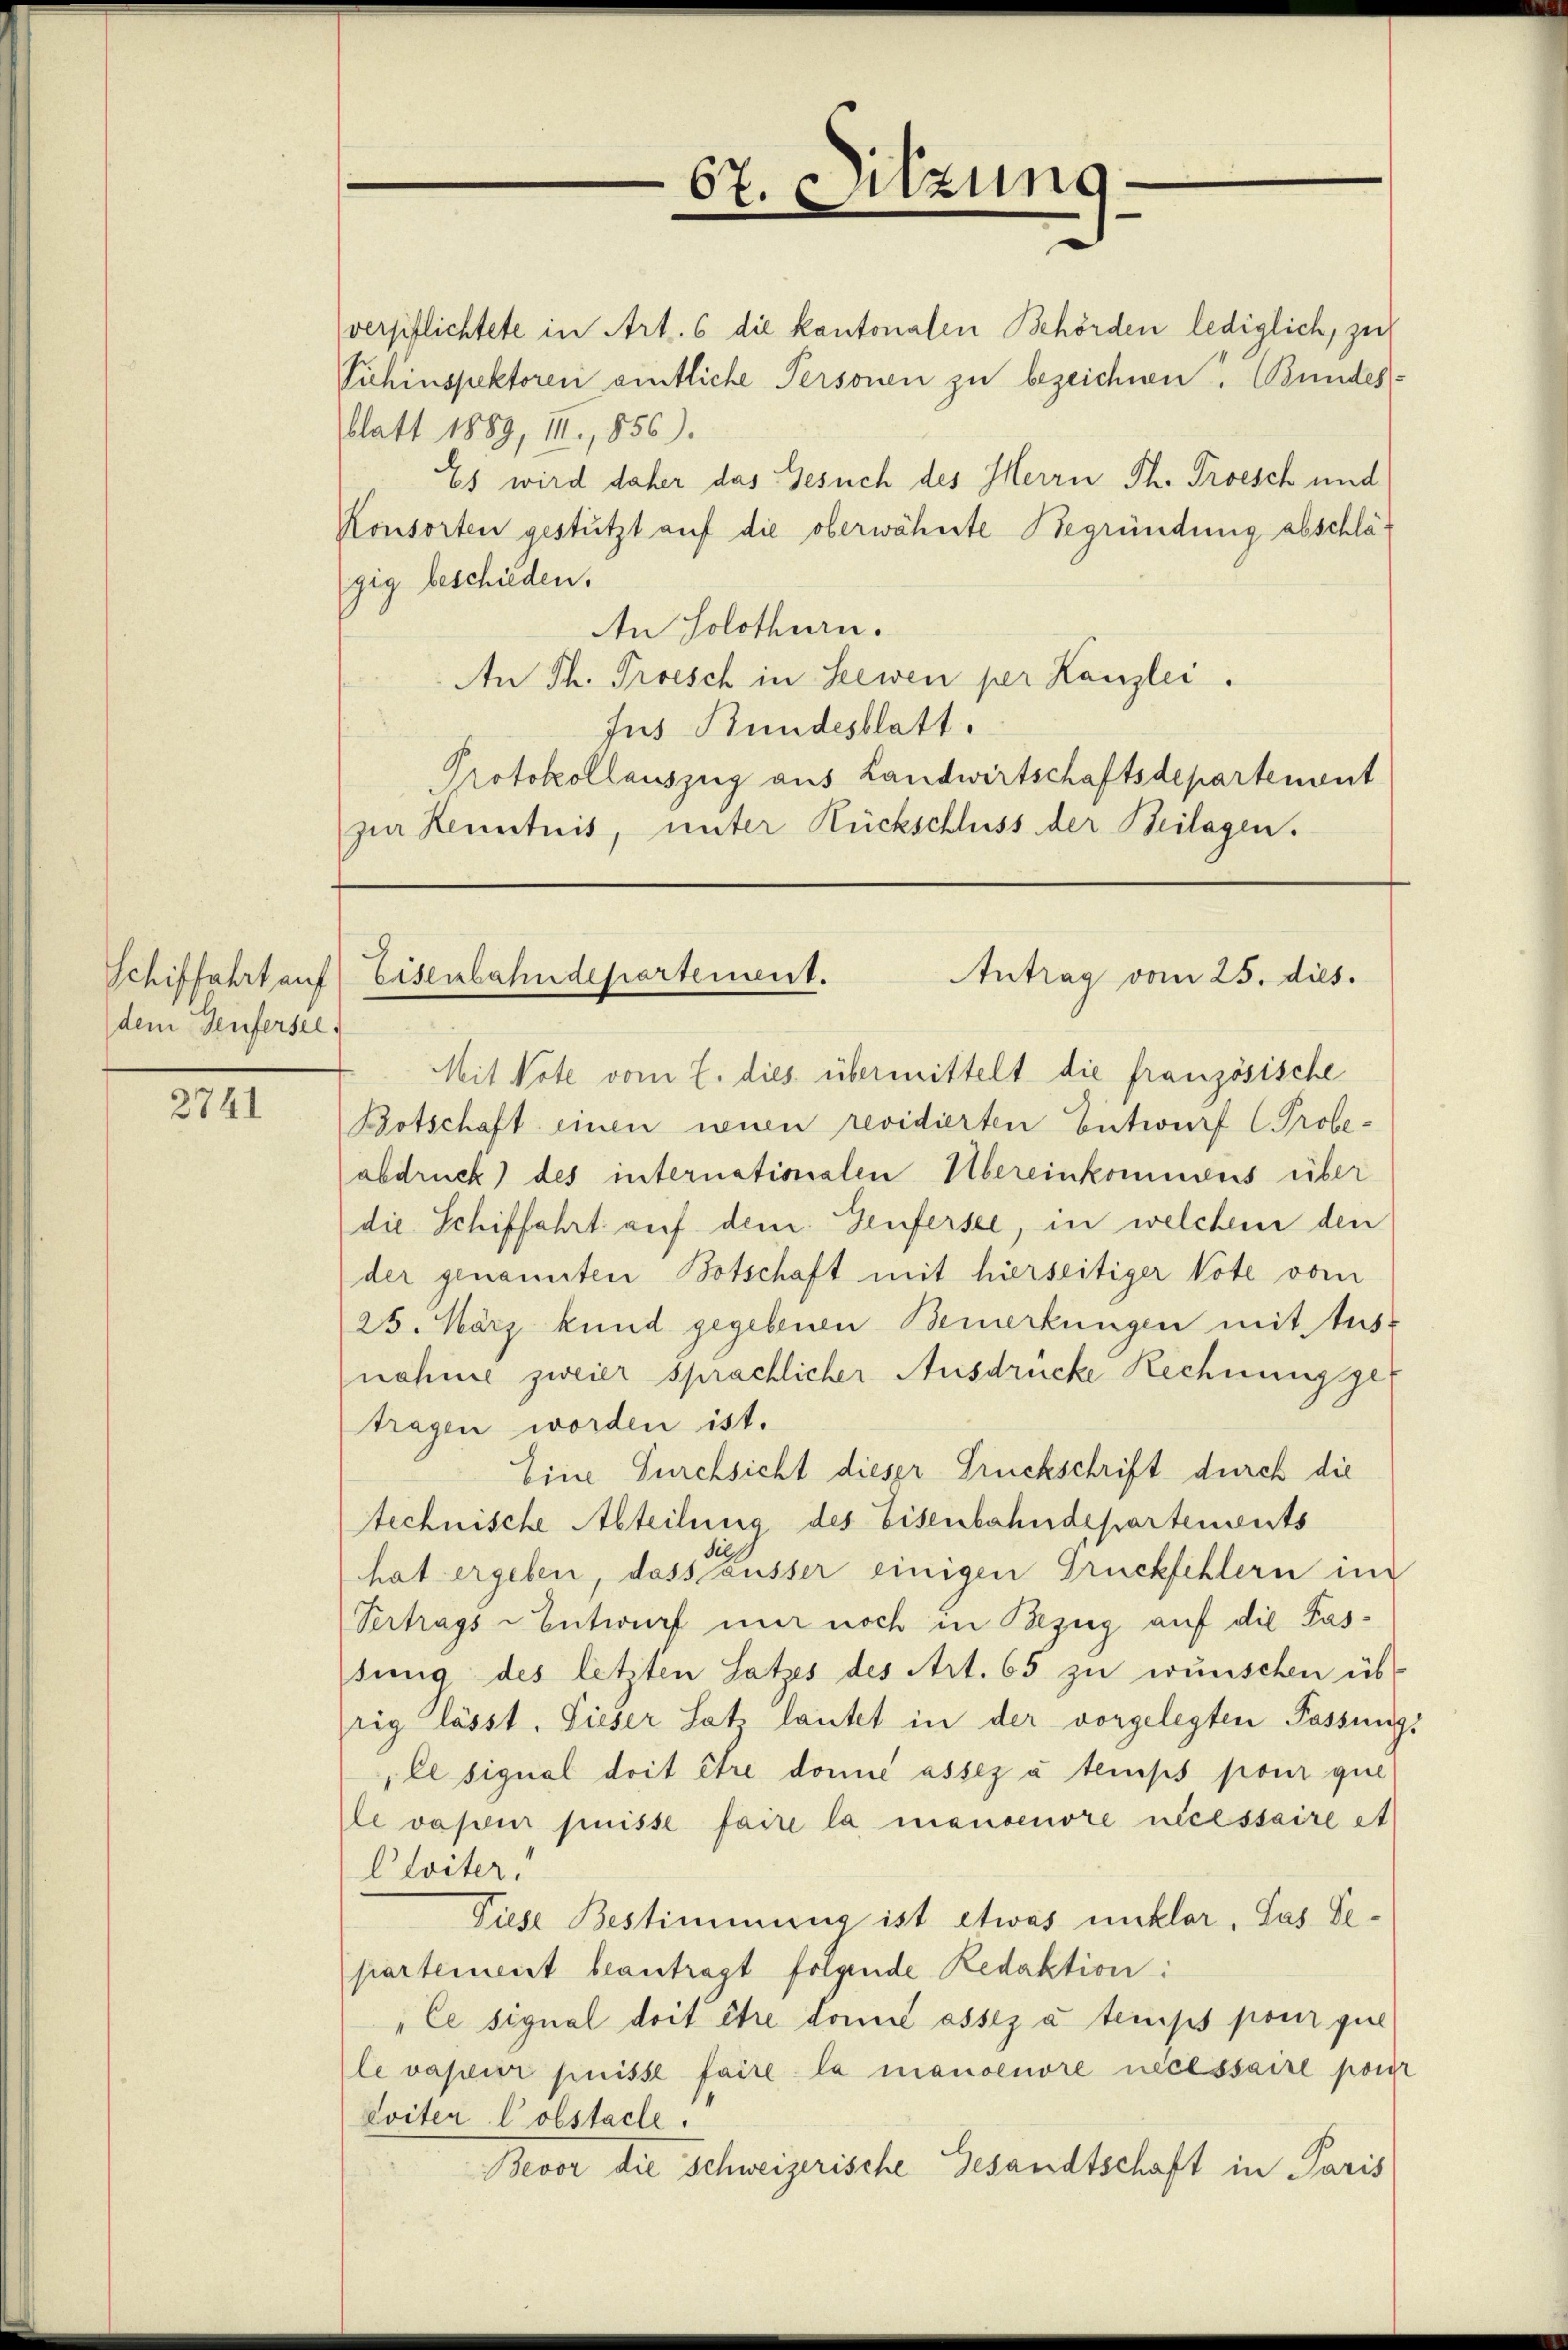
Schiffahrt auf
dem Genfersel

2741

verpflichtete in Art. 6 die kantonalen Behörden lediglich, zu
Vichinspektoren amtliche Personen zu bezeichnen. Bundes-
blatt 1889, III., 856).
Es wird daher das Gesuch des Herrn Ph. Proesch und
Konsorten gestützt auf die oberwähnte Begründung abschlägig beschieden.
An Solothurn.
An Th. Proesch in Seewen per Kanzlei.
Jus Bundesblatt.
Protokollauszug aus Landwirtschaftsdepartement
zur Kenntnis, unter Rückschluss der Beilagen.

67. Sitzung

Antrag vom 25. dies.
Eisenbahndepartement.

Mit Vote vom 7. dies übermittelt die französische
Botschaft einen neuen revidierten Entwurf (Probe-
abdruck des internationalen Übereinkommens über
die Schiffahrt auf dem Teufersee, in welchem den
der genannten Botschaft mit hierseitiger Vote vom
25. März kund gegebenen Bemerkungen mit tust
nahme zweier sprachlicher Ausdrücke Rechnung get
tragen worden ist.
Eine Durchsicht dieser Druckschrift durch die
technische Abteilung des Eisenbahndepartements
hat ergeben, dass ausser einigen Druckschlern im
Vertrags-Entwurf nur noch in Bezug auf die Passung des letzten Satzes des Art. 65 zu wünschen üb-
rig lässt. Sieser Satz lautet in der vorgelegten Passungs
ill signal doit être donne assez u temps pour que
Elevapeur puisse faire la manoenore necessaire et
Cloiter.
Diese Bestimmung ist etwas unklar, das Departement beantragt folgende Redaktion:
„Ce signal doit être donne assez a temps pour que
levapeur puisse faire la manoenore necessaire pour
Loiter lobstacle.
Bevor die Schweizerische Gesandtschaft in Paris